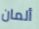
ألمان